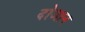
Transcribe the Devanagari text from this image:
दोआन